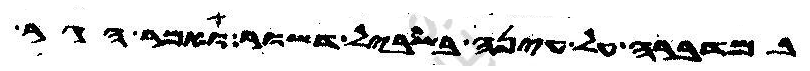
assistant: במדברה על עינה בשביל דשור ואמר הגר